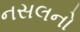
નસલનો